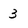
Character: 3